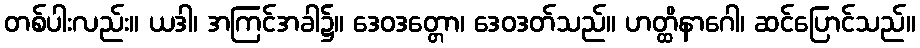
တစ်ပါးလည်း။ ယဒါ၊ အကြင်အခါ၌။ ဒေဝဒတ္တော၊ ဒေဝဒတ်သည်။ ဟတ္ထိနာဂေါ၊ ဆင်ပြောင်သည်။